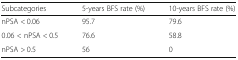
<table><thead><tr><td><b>Subcategories</b></td><td><b>5-years BFS rate (%)</b></td><td><b>10-years BFS rate (%)</b></td></tr></thead><tbody><tr><td>nPSA &lt; 0.06</td><td>95.7</td><td>79.6</td></tr><tr><td>0.06 &lt; nPSA &lt; 0.5</td><td>76.6</td><td>58.8</td></tr><tr><td>nPSA &gt; 0.5</td><td>56</td><td>0</td></tr></tbody></table>